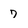
Character: 7